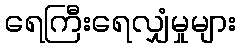
ရေကြီးရေလျှံမှုများ